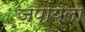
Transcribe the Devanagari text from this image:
जपायला